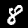
Label: 8